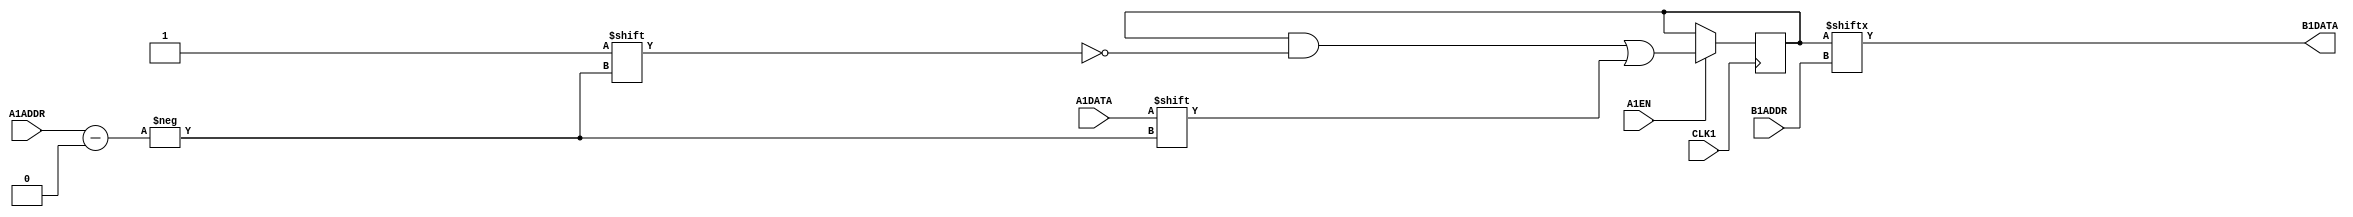
module MISTRAL_MLAB(input [4:0] A1ADDR, input A1DATA, A1EN, CLK1, input [4:0] B1ADDR, output B1DATA);
reg [31:0] mem = 32'b0;
// TODO: Cyclone 10 GX timings; the below timings are for Cyclone V
specify
    $setup(A1ADDR, posedge CLK1, 86);
    $setup(A1DATA, posedge CLK1, 86);
    $setup(A1EN, posedge CLK1, 86);
    (B1ADDR[0] => B1DATA) = 487;
    (B1ADDR[1] => B1DATA) = 475;
    (B1ADDR[2] => B1DATA) = 382;
    (B1ADDR[3] => B1DATA) = 284;
    (B1ADDR[4] => B1DATA) = 96;
endspecify
always @(posedge CLK1)
    if (A1EN) mem[A1ADDR] <= A1DATA;
assign B1DATA = mem[B1ADDR];
endmodule